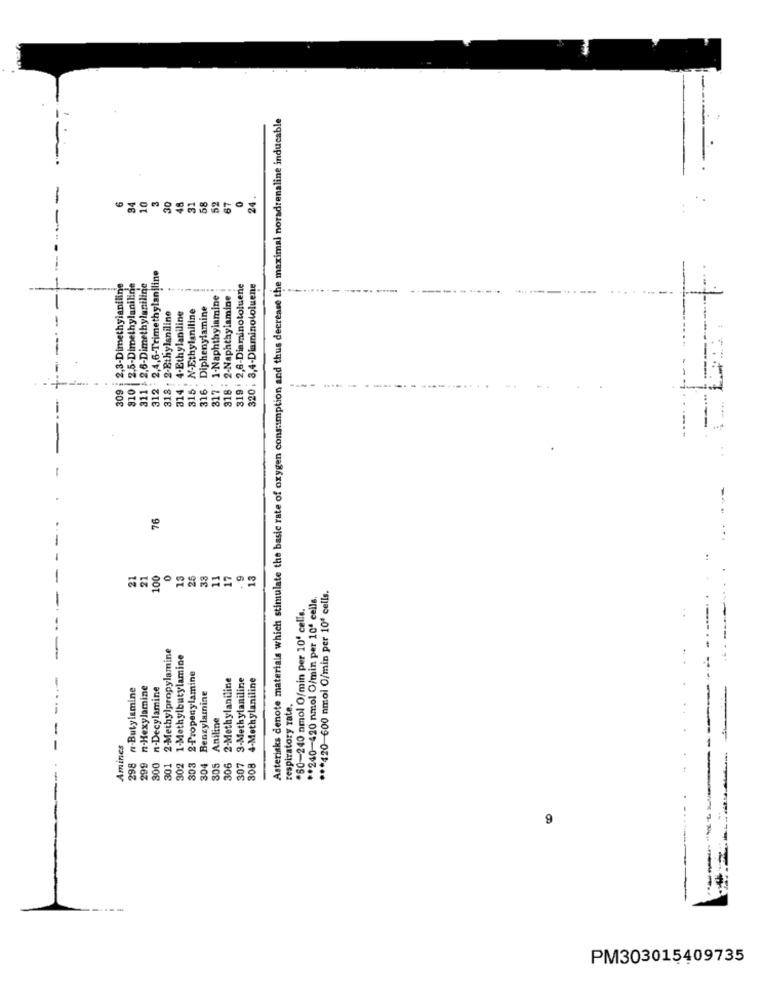
-
Asterisks denote materials which stimulate the basic rate of oxygen consumption and thus decrease the maximal noradrenaline inducable
48
24.
34
10
30
31
58
52
87
312 2,4,6-Trimethylaniline
EG F
309 |2,3-Dimethylaniline
810 2,5-Dimethylaniline
311 - 2,6-Dimethylaniline
319 : 2,6-Diaminotoluene
320, 3,4-Diaminotoluene
-....
317 : 1-Naphthylamine
818 . 2-Naphthylamine
318 - 2-Ethylaniline
N-Ethylaniline
316 - Diphenylamine
314 : 4-Ethylaniline
315
76
21
21
100
13
25
33
11
17
13
*** 420-600 nmol O/min per 10ª cells.
** 240-420 nmol O/min per 10' cells
*60-240 nmol O/min per 10' cells.
2-Methylpropylamine
1-Methylbutylamine
2 Propenylamine
2-Methylaniline
3-Methylaniline
4-Methylaniline
298 n.Butylamine
n-Hexylamine
n-Decylamine
Bencylamine
respiratory rate.
Aniline
Amines
299
300
301
302
303
304
305
306
307
308
-----
---
PM303015409735